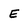
Character: E